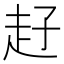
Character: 𧺙